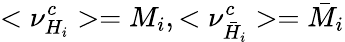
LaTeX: <\nu_{H_{i}}^{c}>=M_{i},<\nu_{\bar{H}_{i}}^{c}>=\bar{M}_{i}